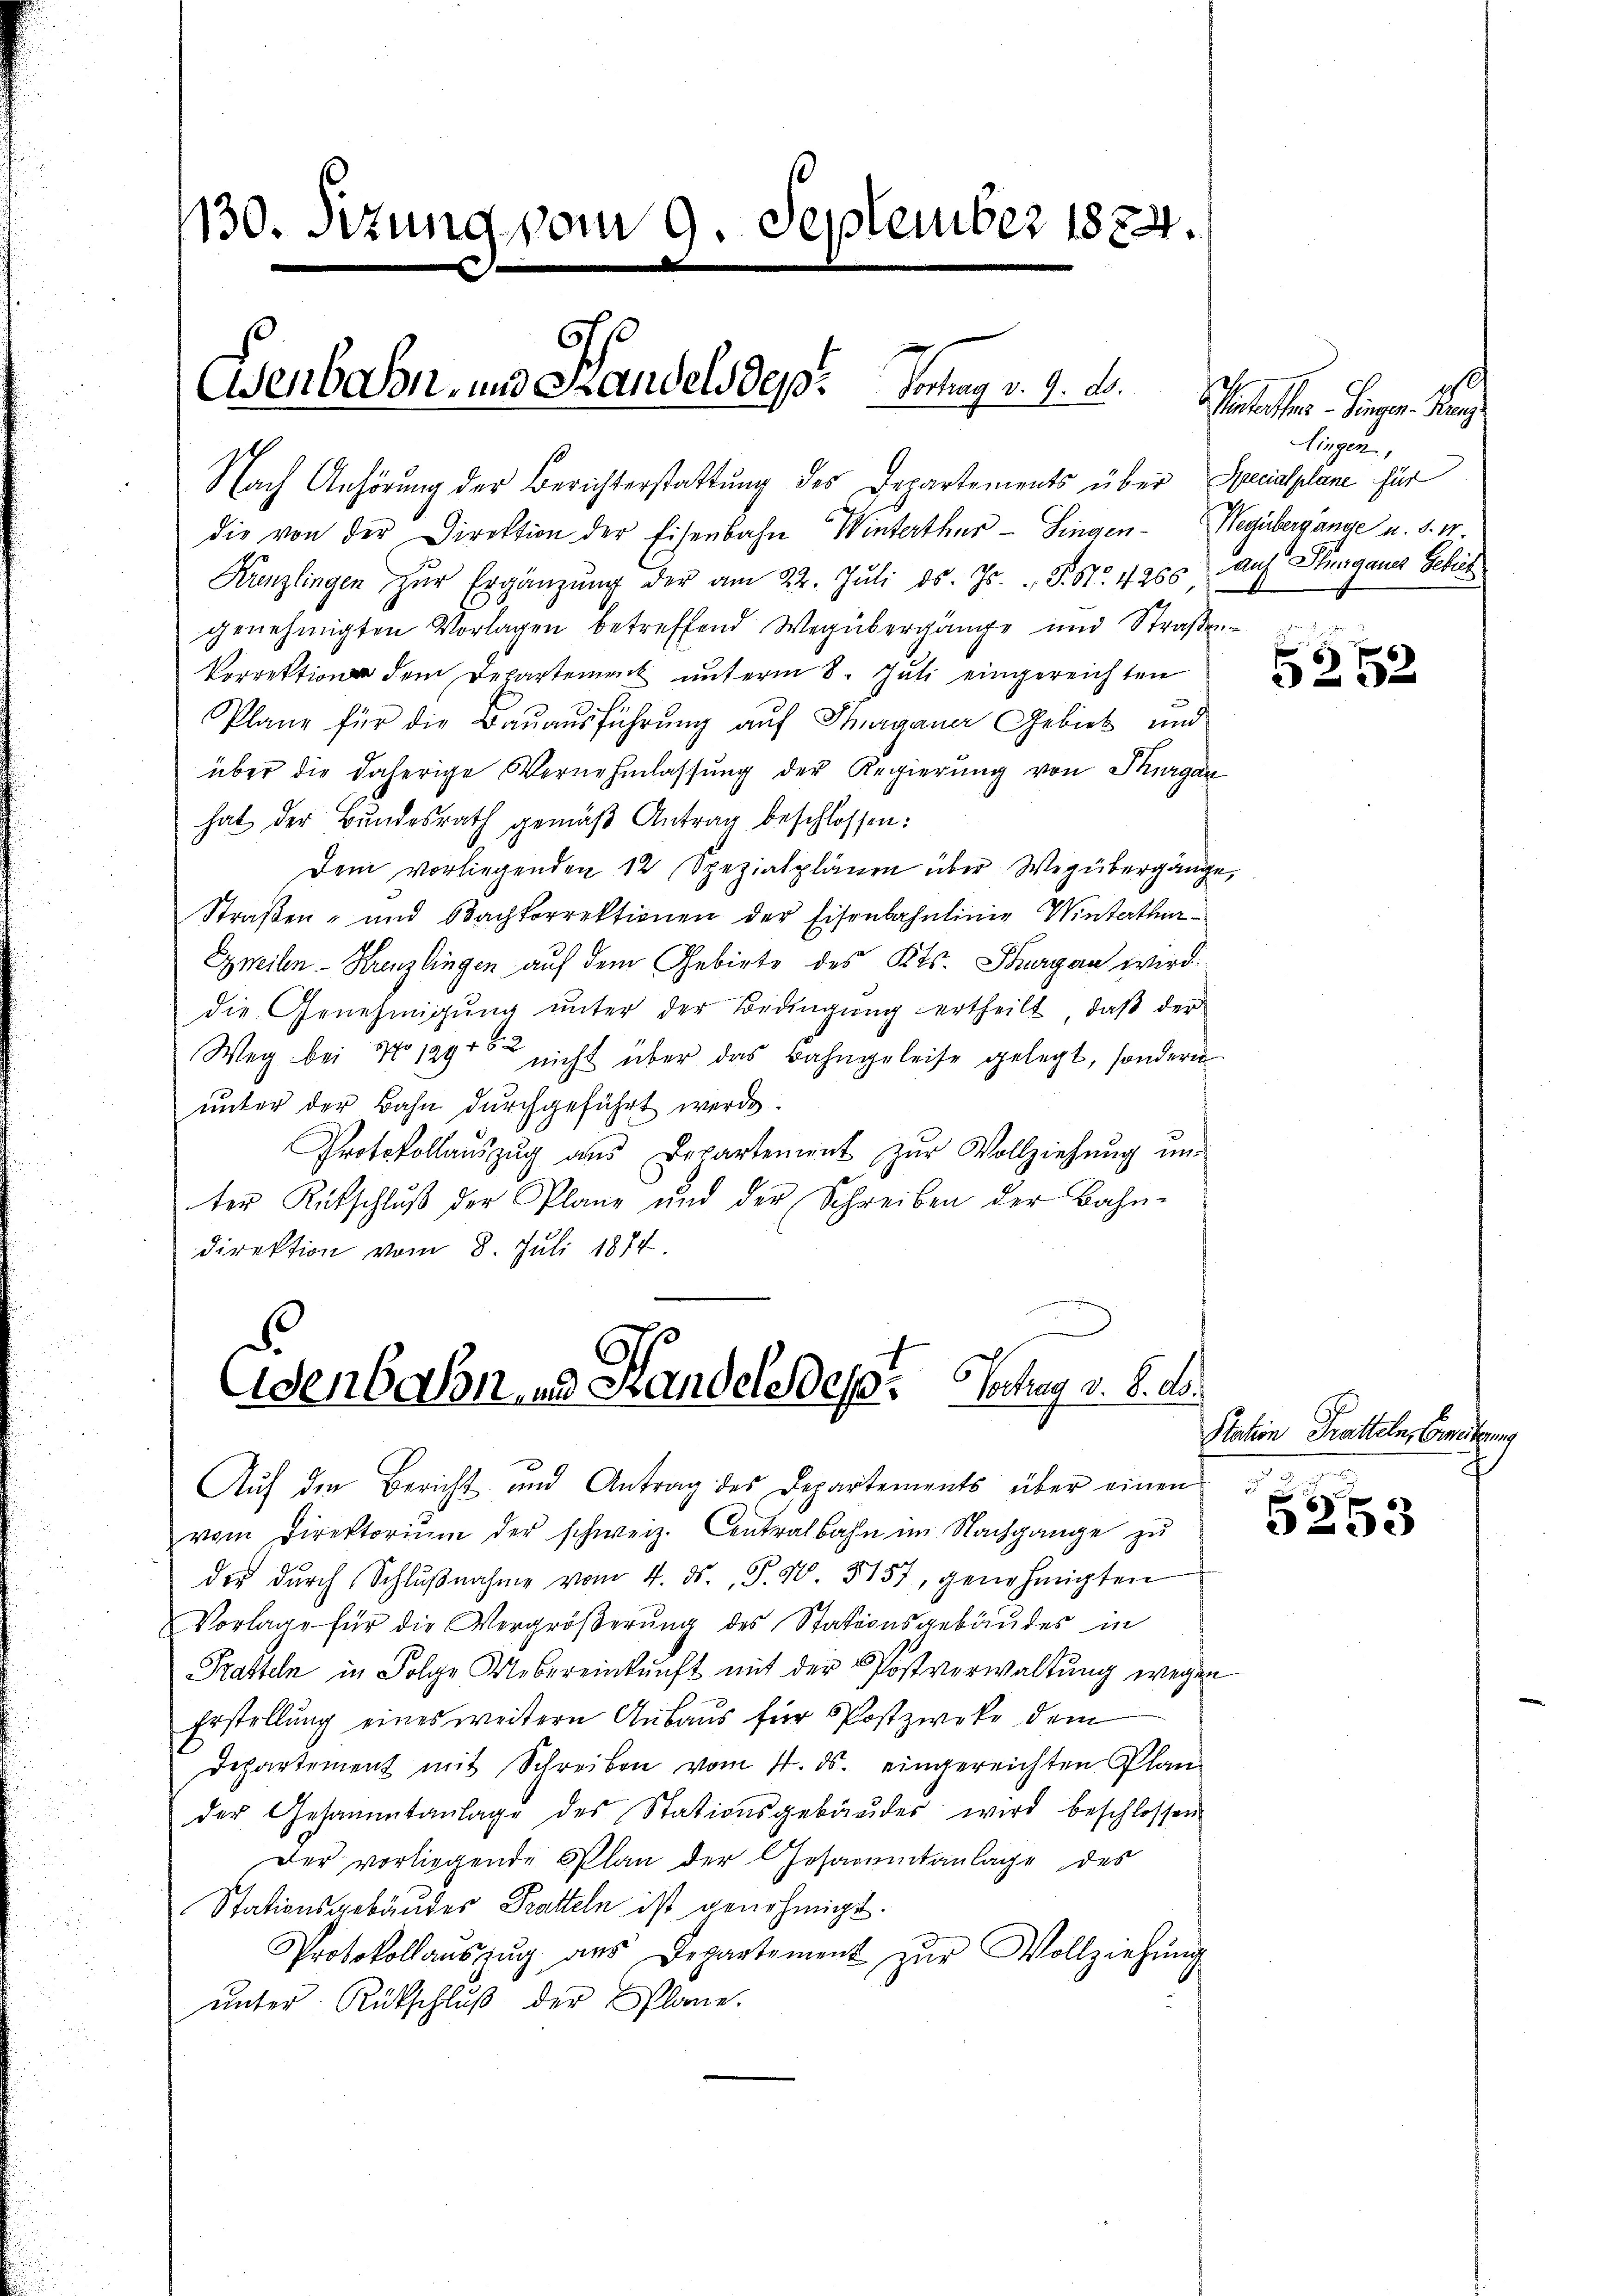
1130. Sitzung vom 9. September 1824.

Uenbahn, und Handels des Vortrag v. 9. d.

Nach Anhörung der Berichterstattung des Departements über Specialpläne für
die von der Direktion der Eisenbahn Winterthur–Singen-Wegübergange u. s. w.
Krenzlingen zŭr Ergänzŭng der am 22. Jŭli d. Js. S. Nr. 1266) Auf Stuganes Gebiet
genehmigten Vorlagen betreffend Wegübergänge und Straßen¬
Porrektion dem Departement unterm 8. Juli eingereichten
Plane für die Bauausführung auf Thurgauer Gebiet und
über die daherige Vernehmlassung der Regierung von Thurgan
hat der Bundesrath gemäß Antrag beschlossen:
Dem vorliegenden 12 Spezialplänen über Weg übergänge,
Straßen- und Nachkorrektionen der Eisenbahnlinie Winterthur¬
Emeilen-Krenzlingen auf dem Gebirte des Kts. Thurgan wird.
die Genehmigŭng ŭnter der Bedingŭng ertheilt, daβ der
Weg bei No 1294 nicht über das Bahngeleise gelegt, sondern
unter der Bahn durchgeführt werde.
Protokollauszug aus Departement zur Vollziehung un-
ter Rutschlŭβ der Plane und der Schreiben der Bahn-
direktion vom 8. Juli 1874.

Eisenbahn - 2. Handele des Antrag v. 8. A

Aŭf den Bericht und Antrag des Departements über einen
vom Direktoriŭm der schweiz. Centralbahn im Nachgange zu
der durch Schlŭβnahme vom 4. ds. P. 40. 5157, genehmigten
Vorlage für die Vergrößerung des Stationsgebäudes in
Tratteln in Folge Uebereinkunft mit der Postverwaltung wegen
Erstellung eines weitern Ausaus für Postzweke dem
Departement mit Schreiben vom 4. ds. eingereichten Plan
der Gesammtanlage des Stationsgebäŭder wird beschlossen
Der vorliegende Plan der Gesammtanlage des
Stationsgebäudes Pratteln ist genehmigt.
Protokollauszug aus Departement zur Vollziehung
ŭnter Rükschlŭβ der Plane.

tetten. Siegen de
Hingen,

ibe ich
e
3252

Station Tratteln, Geneitzung

6
5253